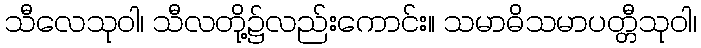
သီလေသုဝါ၊ သီလတို့၌လည်းကောင်း။ သမာဓိသမာပတ္တီသုဝါ၊